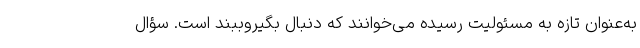
به‌عنوان تازه به مسئولیت رسیده می‌خوانند که دنبال بگیروببند است. سؤال